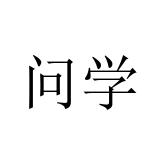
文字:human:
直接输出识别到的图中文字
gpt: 问学